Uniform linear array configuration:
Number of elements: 16
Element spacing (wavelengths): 1
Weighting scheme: hann
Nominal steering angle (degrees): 30
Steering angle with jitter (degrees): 31.876
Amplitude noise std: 0.05
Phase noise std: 0.05

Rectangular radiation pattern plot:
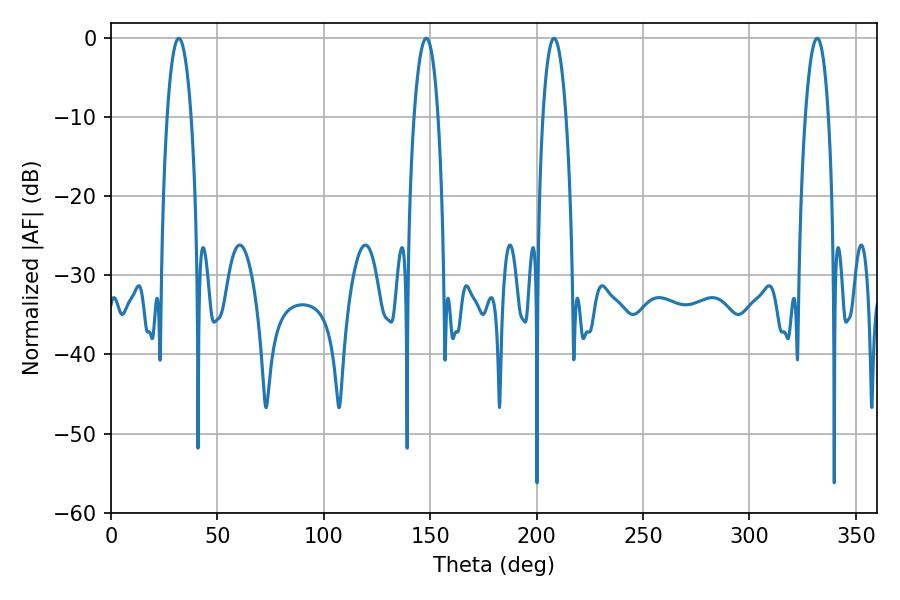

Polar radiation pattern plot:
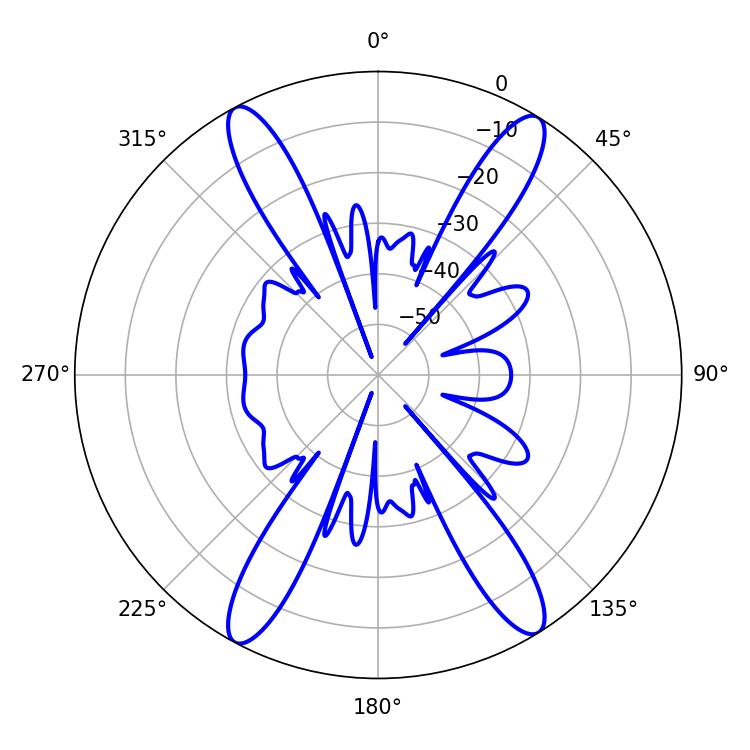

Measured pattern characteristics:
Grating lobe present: TRUE
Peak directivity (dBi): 20.624
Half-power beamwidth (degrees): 6.3
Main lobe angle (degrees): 31.86